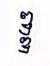
ឌ្ឌ